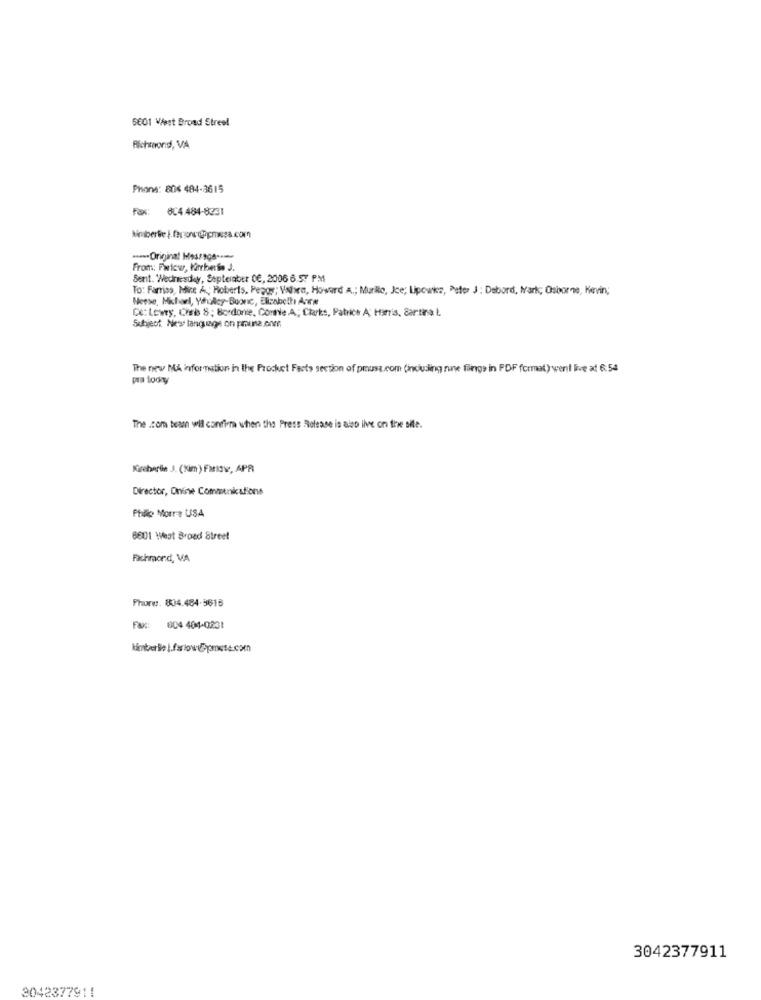
6601 West Broad Street
Richmond, VA
Phone: 804 484-3615
Fax: 804 484-8231
---- Original Message ----
From: Fwlow, Kirbertie J.
Sent. "Wednesday, Septeraber 0€, 2006 6.57 PM
To: Farriss, Mire A; Roberts, Pepos; Vshes, Howard A .; Murillo, Jce; Lipowks, Peter J : Debord, Mark; Osborne, Kevin;
Neese, Michorl, Yaholey-Buonic, Elizabeth Anew
Ce:Lewey, Cine 8: Bordone, Connie A; Clarks, Patrice A: Harris, Cartina L.
Subject New language on prune.onm
The new MA information in the Product Facts section of prousa.com (including nine flings in PDF format) went live at 6:54
pra today
The .com team wil confirm when the Press Release is also ilve on the site.
Kirebarile J. (Kim) Farise, APR
Director, Onine Communications
Philip Morris USA
6801 West Broad Street
Richmond, VA
Phone :. 804.484-3616
Fax: 004 404-0231
3042377911
3042377911